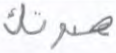
صوتك